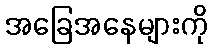
အခြေအနေများကို